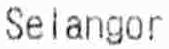
SELANGOR